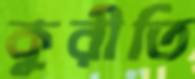
কুরীতি